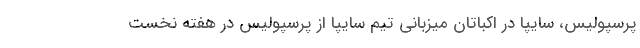
پرسپولیس، سایپا در اکباتان میزبانی تیم سایپا از پرسپولیس در هفته نخست